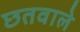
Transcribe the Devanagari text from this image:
छतवाले